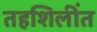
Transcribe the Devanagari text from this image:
तहशिलींत